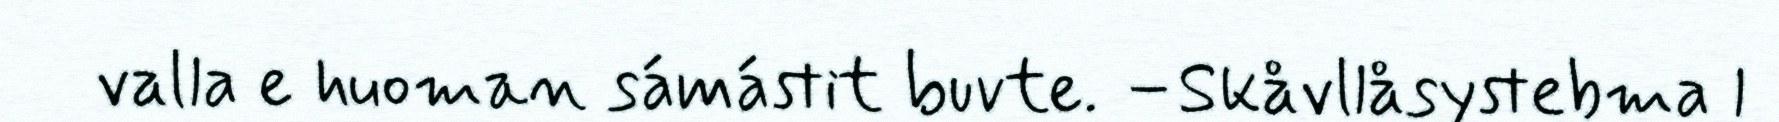
valla e huoman sámástit buvte. –Skåvllåsystebma l